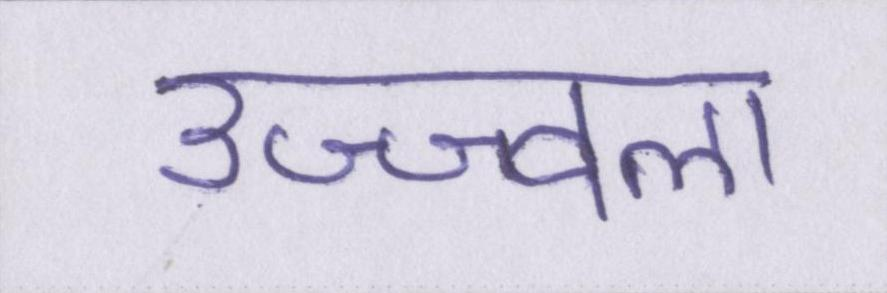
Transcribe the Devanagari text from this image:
उज्ज्वला